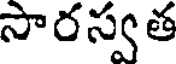
సారస్వత